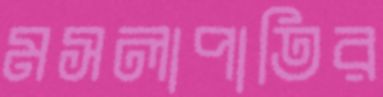
মসলাপাতির